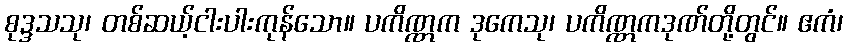
စုဒ္ဒသသု၊ တစ်ဆယ့်ငါးပါးကုန်သော။ ပကိဏ္ဏက ဒုကေသု၊ ပကိဏ္ဏကဒုဏ်တို့တွင်။ ဧကံ၊